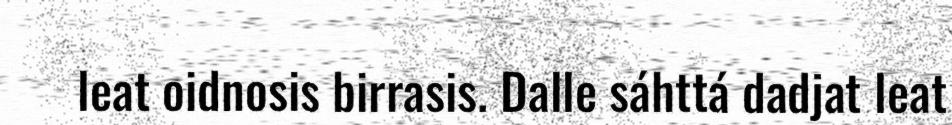
leat oidnosis birrasis. Dalle sáhttá dadjat leat